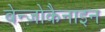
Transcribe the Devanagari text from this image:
बेन्ज़ोकैनाइन